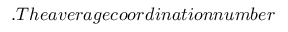
\AA . T h e a v e r a g e c o o r d i n a t i o n n u m b e r